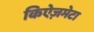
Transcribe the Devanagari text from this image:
किऐज़मेटा